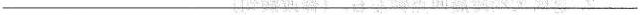
___